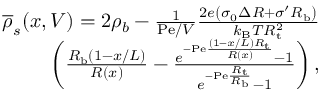
\begin{array} { r } { \overline { { \rho } } _ { s } ( x , V ) = 2 \rho _ { b } - \frac { 1 } { \mathrm { P e } / V } \frac { 2 e \left( \sigma _ { 0 } \Delta R + \sigma ^ { \prime } R _ { \mathrm { b } } \right) } { k _ { \mathrm { B } } T R _ { \mathrm { t } } ^ { 2 } } } \\ { \left( \frac { R _ { \mathrm { b } } ( 1 - x / L ) } { R ( x ) } - \frac { e ^ { - \mathrm { P e } \frac { ( 1 - x / L ) R _ { \mathrm { t } } } { R ( x ) } } - 1 } { e ^ { - \mathrm { P e } \frac { R _ { \mathrm { t } } } { R _ { \mathrm { b } } } } - 1 } \right) , } \end{array}